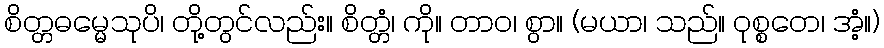
စိတ္တဓမ္မေသုပိ၊ တို့တွင်လည်း။ စိတ္တံ၊ ကို။ တာဝ၊ စွာ။ (မယာ၊ သည်။ ဝုစ္စတေ၊ အံ့။)